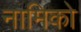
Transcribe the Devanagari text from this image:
नामिको